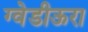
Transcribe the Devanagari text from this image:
ग्वेडीऊरा